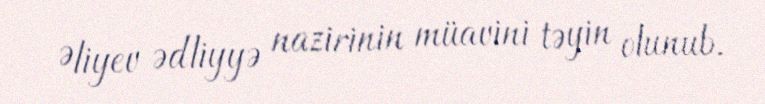
Əliyev ədliyyə nazirinin müavini təyin olunub.